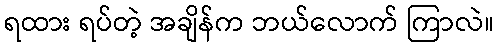
ရထား ရပ်တဲ့ အချိန်က ဘယ်လောက် ကြာလဲ။